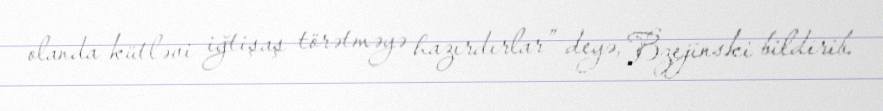
olanda kütləvi iğtişaş törətməyə hazırdırlar” deyə, Bzejinski bildirib.